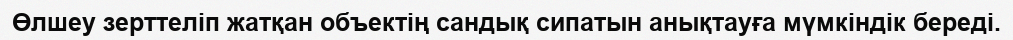
Өлшеу зерттеліп жатқан объектің сандық сипатын анықтауға мүмкіндік береді.